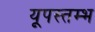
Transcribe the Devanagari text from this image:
यूपस्तम्भ